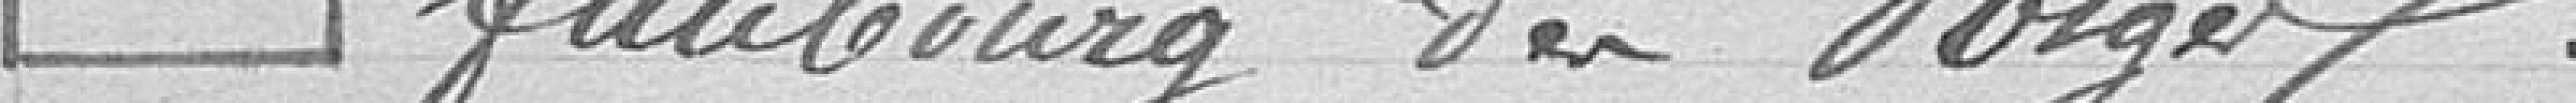
faubourg des Vosges